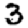
Digit: 3